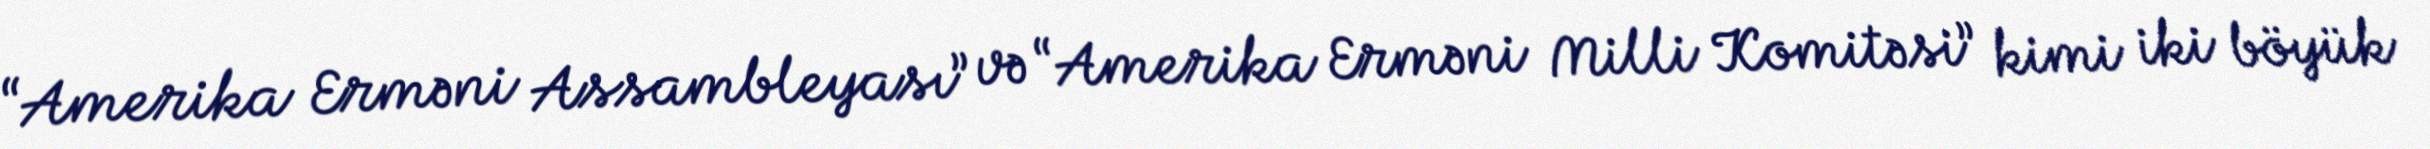
“Amerika Erməni Assambleyası” və “Amerika Erməni Milli Komitəsi” kimi iki böyük